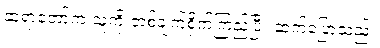
ဆရာတော်က သူ့ကို တစ်ချက်စိုက်ကြည့်ပြီး ဆက်ပြောသည်။